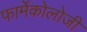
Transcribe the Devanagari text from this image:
फार्मेकोलोजी